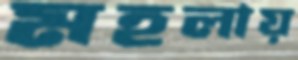
মহলায়